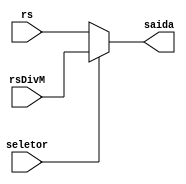
module MuxG_Rs (
    input wire seletor,
    input wire [31:0] rs,
    input wire [31:0] rsDivM,
    output wire [31:0] saida
);

assign saida = (seletor == 1'b0) ? rs : rsDivM;
endmodule